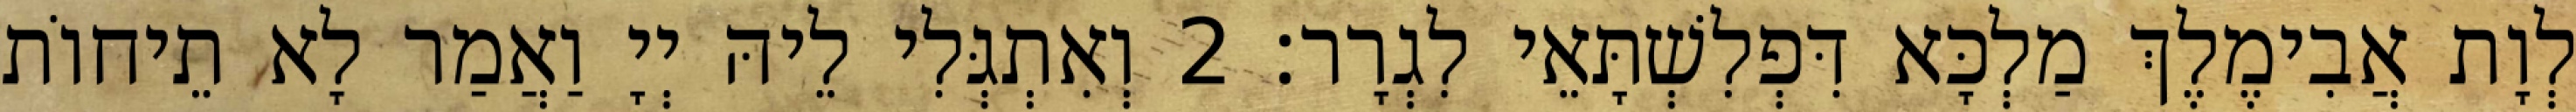
לְוָת אֲבִימֶלֶךְ מַלְכָּא דִּפְלִשְׁתָּאֵי לִגְרָר׃ 2 וְאִתְגְּלִי לֵיהּ יְיָ וַאֲמַר לָא תֵיחוֹת